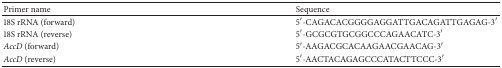
<table><thead><tr><td><b>Primer name</b></td><td><b>Sequence</b></td></tr></thead><tbody><tr><td>18S rRNA (forward)</td><td>5′-CAGACACGGGGAGGATTGACAGATTGAGAG-3′</td></tr><tr><td>18S rRNA (reverse)</td><td>5′-GCGCGTGCGGCCCAGAACATC-3′</td></tr><tr><td><i>AccD</i> (forward)</td><td>5′-AAGACGCACAAGAACGAACAG-3′</td></tr><tr><td><i>AccD</i> (reverse)</td><td>5′-AACTACAGAGCCCATACTTCCC-3′</td></tr></tbody></table>